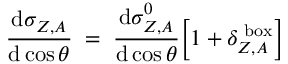
\frac { \mathrm { d } \sigma _ { Z , A } } { \mathrm { d } \cos \theta } \; = \; \frac { \mathrm { d } \sigma _ { Z , A } ^ { 0 } } { \mathrm { d } \cos \theta } \Big [ 1 + \delta _ { Z , A } ^ { \mathrm { \scriptsize ~ b o x } } \Big ]